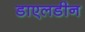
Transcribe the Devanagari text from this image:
डाएलडीन